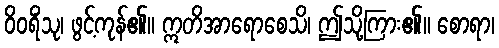
ဝိဝရိံသု၊ ဖွင့်ကုန်၏။ ဣတိအာရောစေသိ၊ ဤသို့ကြား၏။ စောရာ၊